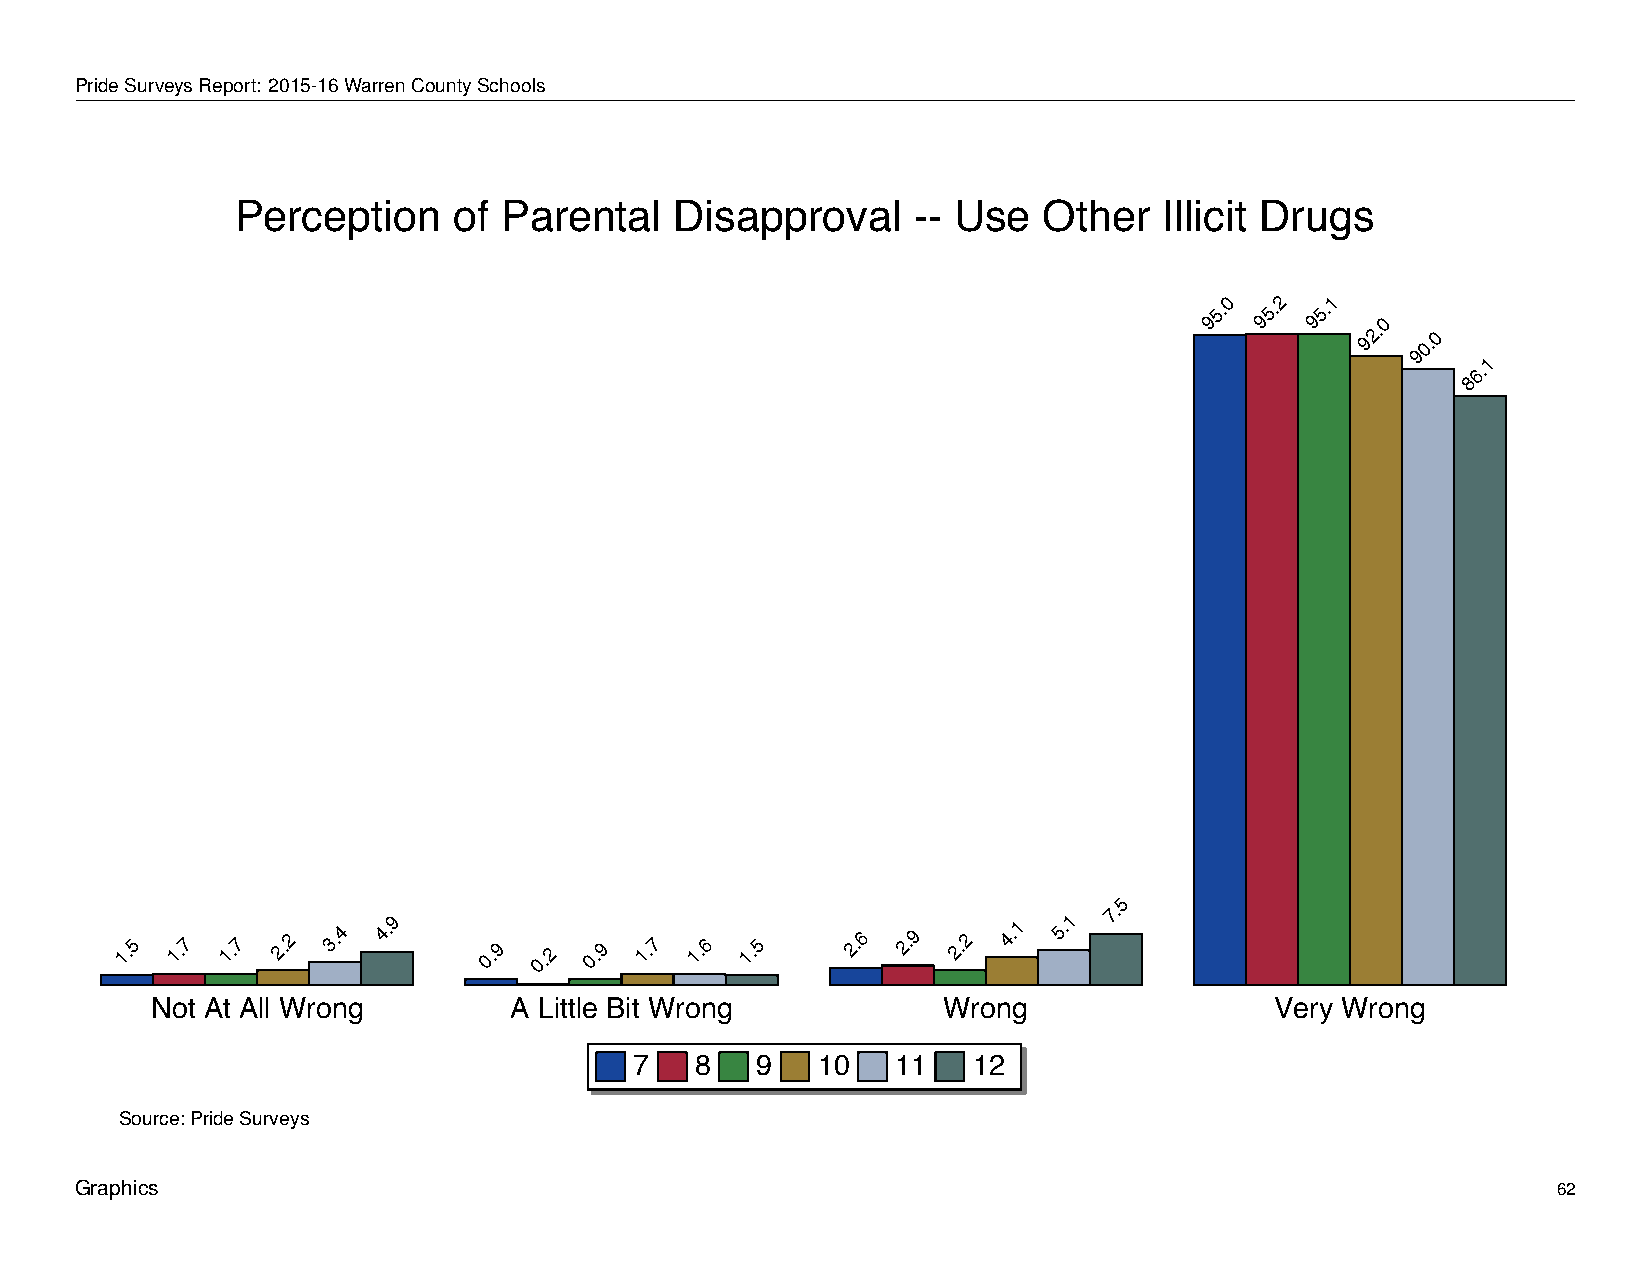
Perception            of    Parental         Disapproval               --  Use      Other        Illicit     Drugs
 PrideSurveysReport: 2015-16WarrenCountySchools
 Perception    of Parental    Disapproval    -- Use   Other   Illicit Drugs
 95.0 95.2 95.1
 92.0
 90.0
 1
 6.
 8
 5
 1.5 1.7 1.7 2.2 3.4 4.9 0.9 0.2 0.9 1.7 1.6 1.5 2.6 2.9 2.2 4.1 5.1
 7.
 Not At All Wrong        A Little Bit Wrong          Wrong                 Very Wrong
 7   8   9   10   11   12
 Source: Pride Surveys
 Graphics                                                                                          62